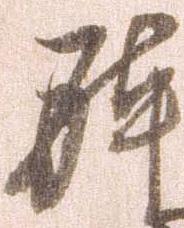
体